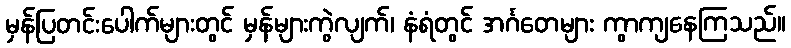
မှန်ပြတင်းပေါက်များတွင် မှန်များကွဲလျက်၊ နံရံတွင် အင်္ဂတေများ ကွာကျနေကြသည်။